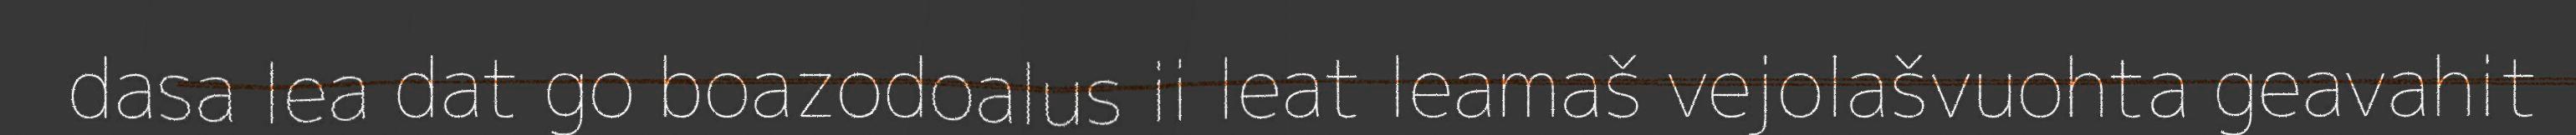
dasa lea dat go boazodoalus ii leat leamaš vejolašvuohta geavahit